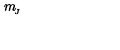
m _ { \! _ { J } }